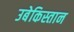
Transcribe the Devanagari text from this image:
उबेकिस्तान